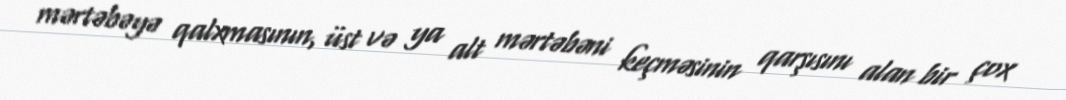
mərtəbəyə qalxmasının, üst və ya alt mərtəbəni keçməsinin qarşısını alan bir çox